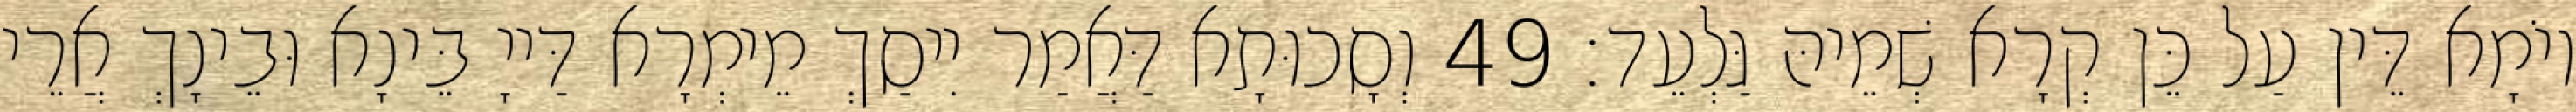
יוֹמָא דֵּין עַל כֵּן קְרָא שְׁמֵיהּ גַּלְעֵד׃ 49 וְסָכוּתָא דַּאֲמַר יִיסַךְ מֵימְרָא דַּייָ בֵּינָא וּבֵינָךְ אֲרֵי